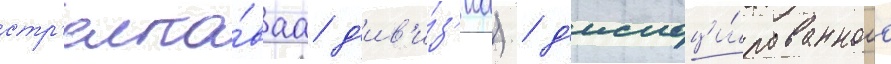
стр'елко́ваа д'ив'и́з'иа) / д'ислоци́рованного